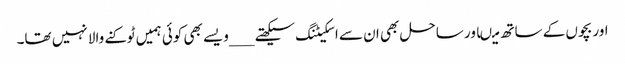
اور بچوں کے ساتھ میںاور ساحل بھی ان سے اسکیٹنگ سیکھتے ___ویسے بھی کوئی ہمیں ٹوکنے والا نہیں تھا۔